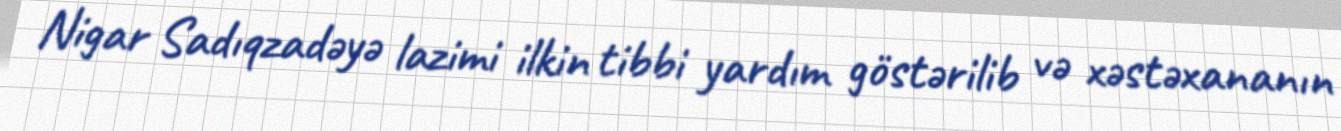
Nigar Sadıqzadəyə lazimi ilkin tibbi yardım göstərilib və xəstəxananın